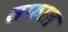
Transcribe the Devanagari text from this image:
सफाल